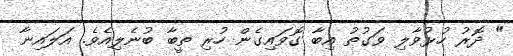
" ދޮރު ހުޅުވާލި ވަގުތު އިބާ ގޮވައިގެން ހުރި ތީބާ ބުނެލިއެވެ. އަލައިނާ